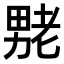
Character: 𫦶